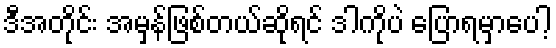
ဒီအတိုင်း အမှန်ဖြစ်တယ်ဆိုရင် ဒါကိုပဲ ပြောရမှာပေါ့